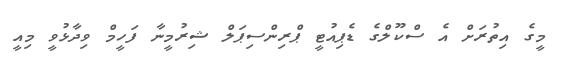
މީގެ އިތުރަށް އެ ސްކޫލްގެ ޑެޕިއުޓީ ޕްރިންސިޕަލް ޝިރުމީނާ ފަހީމް ވިދާޅުވީ މިއީ